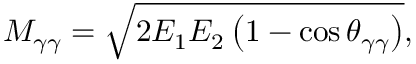
M _ { \gamma \gamma } = \sqrt { 2 E _ { 1 } E _ { 2 } \left( 1 - \cos \theta _ { \gamma \gamma } \right) } ,